Scottish Certificate of Education, 1962
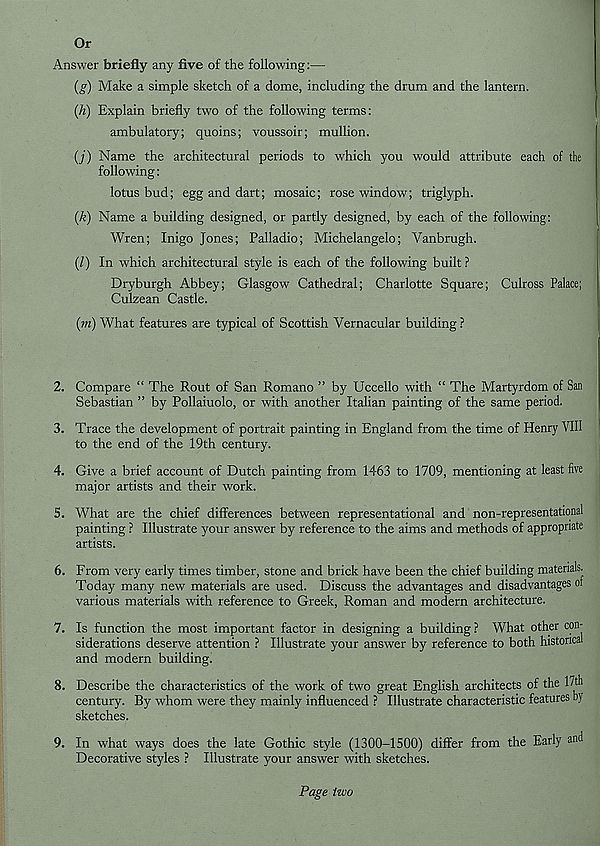
Or
Answer briefly any five of the following:—
(g) Make a simple sketch of a dome, including the drum and the lantern.
(h) Explain briefly two of the following terms:
ambulatory; quoins; voussoir; mullion.
(/) Name the architectural periods to which you would attribute each of the
following:
lotus bud; egg and dart; mosaic; rose window; triglyph.
(k) Name a building designed, or partly designed, by each of the following:
Wren; Inigo Jones; Palladio; Michelangelo; Vanbrugh.
(/) In which architectural style is each of the following built ?
Dryburgh Abbey; Glasgow Cathedral; Charlotte Square; Culross Palace;
Culzean Castle.
(m) What features are typical of Scottish Vernacular building ?
2. Compare “ The Rout of San Romano ” by Uccello with “ The Martyrdom of San
Sebastian ” by Pollaiuolo, or with another Italian painting of the same period.
3. Trace the development of portrait painting in England from the time of Henry VIII
to the end of the 19th century.
4. Give a brief account of Dutch painting from 1463 to 1709, mentioning at least five
major artists and their work.
5. What are the chief differences between representational and non-representational
painting ? Illustrate your answer by reference to the aims and methods of appropriate
artists.
6. From very early times timber, stone and brick have been the chief building materials.
Today many new materials are used. Discuss the advantages and disadvantages or
various materials with reference to Greek, Roman and modern architecture.
7. Is function the most important factor in designing a building ? What other con-
siderations deserve attention ? Illustrate your answer by reference to both historical
and modern building.
8. Describe the characteristics of the work of two great English architects of the 17th
century. By whom were they mainly influenced ? Illustrate characteristic features by
sketches.
9. In what ways does the late Gothic style (1300-1500) differ from the Early and
Decorative styles ? Illustrate your answer with sketches.
Page two